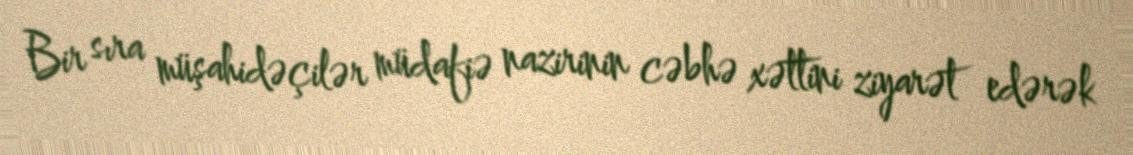
Bir sıra müşahidəçilər müdafiə nazirinin cəbhə xəttini ziyarət edərək